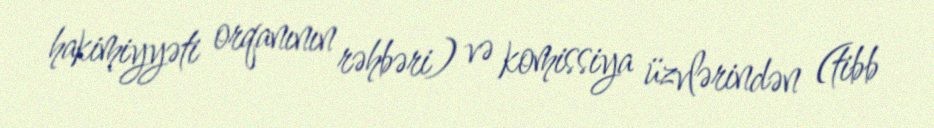
hakimiyyəti orqanının rəhbəri) və komissiya üzvlərindən (tibb